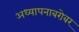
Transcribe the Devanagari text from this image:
अध्यापनाबरोबर